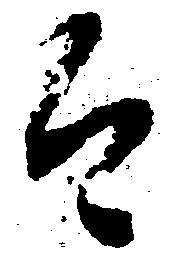
合